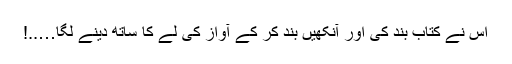
اس نے کتاب بند کی اور آنکھیں بند کر کے آواز کی لے کا ساتھ دینے لگا…..!